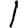
Digit: 1